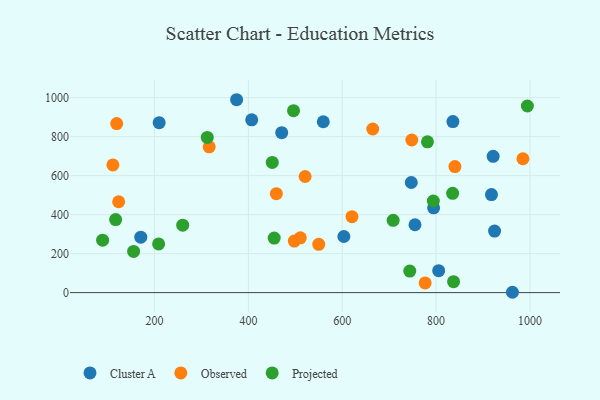
{"axis": {"x": "Speed", "y": "Profit"}, "legend": ["Cluster A", "Observed", "Projected"], "data": [{"x": "471.0", "y": 820.2, "type": "Cluster A"}, {"x": "559.6", "y": 876.5, "type": "Cluster A"}, {"x": "835.8", "y": 877.3, "type": "Cluster A"}, {"x": "962.7", "y": 1.7, "type": "Cluster A"}, {"x": "209.9", "y": 871.7, "type": "Cluster A"}, {"x": "794.7", "y": 434.7, "type": "Cluster A"}, {"x": "374.9", "y": 989.4, "type": "Cluster A"}, {"x": "747.1", "y": 564.8, "type": "Cluster A"}, {"x": "921.6", "y": 699.0, "type": "Cluster A"}, {"x": "170.7", "y": 284.3, "type": "Cluster A"}, {"x": "805.5", "y": 112.3, "type": "Cluster A"}, {"x": "407.1", "y": 886.2, "type": "Cluster A"}, {"x": "924.6", "y": 315.6, "type": "Cluster A"}, {"x": "918.0", "y": 503.0, "type": "Cluster A"}, {"x": "603.4", "y": 287.8, "type": "Cluster A"}, {"x": "755.0", "y": 348.2, "type": "Cluster A"}, {"x": "840.1", "y": 646.3, "type": "Observed"}, {"x": "549.9", "y": 247.5, "type": "Observed"}, {"x": "665.0", "y": 839.3, "type": "Observed"}, {"x": "111.2", "y": 654.9, "type": "Observed"}, {"x": "497.9", "y": 264.5, "type": "Observed"}, {"x": "119.4", "y": 867.2, "type": "Observed"}, {"x": "620.8", "y": 389.5, "type": "Observed"}, {"x": "776.7", "y": 49.5, "type": "Observed"}, {"x": "123.6", "y": 466.0, "type": "Observed"}, {"x": "748.2", "y": 782.8, "type": "Observed"}, {"x": "459.6", "y": 507.4, "type": "Observed"}, {"x": "985.0", "y": 686.5, "type": "Observed"}, {"x": "510.6", "y": 280.9, "type": "Observed"}, {"x": "316.5", "y": 747.7, "type": "Observed"}, {"x": "520.9", "y": 595.5, "type": "Observed"}, {"x": "496.2", "y": 933.2, "type": "Projected"}, {"x": "708.5", "y": 370.7, "type": "Projected"}, {"x": "89.4", "y": 269.2, "type": "Projected"}, {"x": "208.7", "y": 249.6, "type": "Projected"}, {"x": "743.9", "y": 110.4, "type": "Projected"}, {"x": "455.0", "y": 279.7, "type": "Projected"}, {"x": "312.4", "y": 795.8, "type": "Projected"}, {"x": "794.1", "y": 469.8, "type": "Projected"}, {"x": "837.2", "y": 56.3, "type": "Projected"}, {"x": "450.9", "y": 667.9, "type": "Projected"}, {"x": "117.1", "y": 374.6, "type": "Projected"}, {"x": "260.0", "y": 345.7, "type": "Projected"}, {"x": "155.4", "y": 211.1, "type": "Projected"}, {"x": "835.2", "y": 509.1, "type": "Projected"}, {"x": "781.6", "y": 773.5, "type": "Projected"}, {"x": "994.5", "y": 957.2, "type": "Projected"}]}